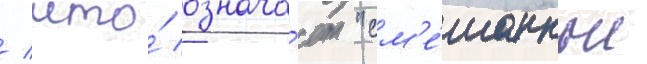
/ что́ означа́ет "см'е́шанные